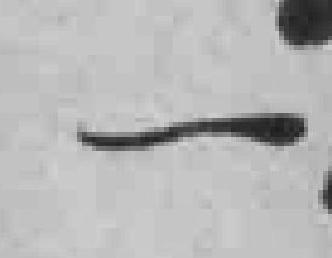
一